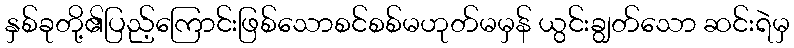
နှစ်ခုတို့၏ပြည့်ကြောင်းဖြစ်သောစင်စစ်မဟုတ်မမှန် ယွင်းချွတ်သော ဆင်းရဲမှ